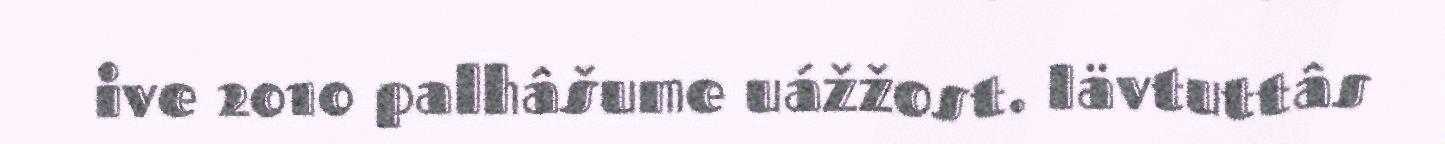
ive 2010 palhâšume uážžost. Iävtuttâs